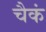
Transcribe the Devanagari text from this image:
चैकं